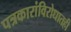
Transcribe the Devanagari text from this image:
पत्रकारांविरोधातही